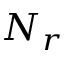
N _ { r }